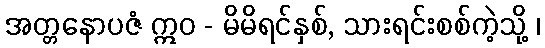
အတ္တနောပဇံ ဣဝ - မိမိရင်နှစ်, သားရင်းစစ်ကဲ့သို့ ၊